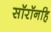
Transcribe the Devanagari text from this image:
सॉरॉनहि